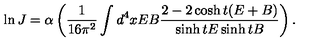
\ln J = \alpha \left( \frac { 1 } { 1 6 \pi ^ { 2 } } \int d ^ { 4 } x E B \frac { 2 - 2 \cosh t ( E + B ) } { \sinh t E \sinh t B } \right) .